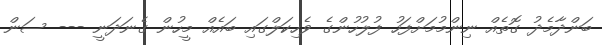
ބަންދާމެދު ގޮތެއް ނިންމުމަށްފަހު ފުލުހުންގެ ވެހިކަލްގައި ބައެއް މީހުން ގެނަދަނީ --- ސަން